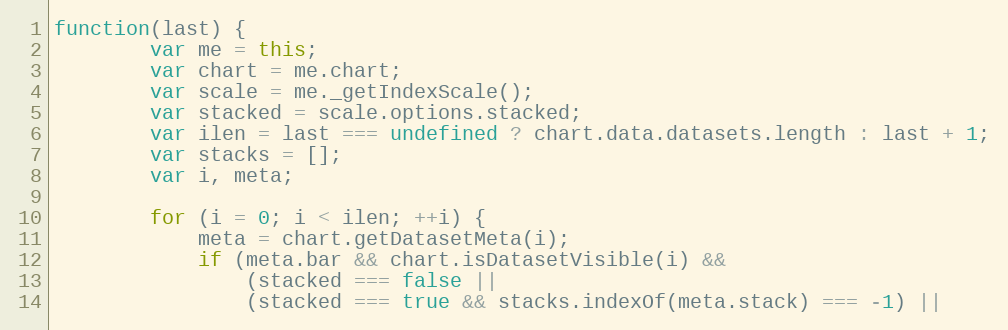
Language: JavaScript
function(last) {
		var me = this;
		var chart = me.chart;
		var scale = me._getIndexScale();
		var stacked = scale.options.stacked;
		var ilen = last === undefined ? chart.data.datasets.length : last + 1;
		var stacks = [];
		var i, meta;

		for (i = 0; i < ilen; ++i) {
			meta = chart.getDatasetMeta(i);
			if (meta.bar && chart.isDatasetVisible(i) &&
				(stacked === false ||
				(stacked === true && stacks.indexOf(meta.stack) === -1) ||